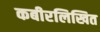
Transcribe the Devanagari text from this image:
कबीरलिखित